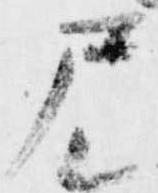
尸